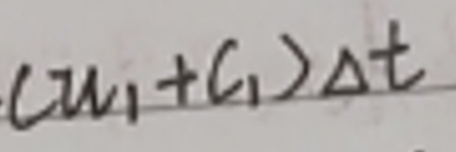
$( w _ { 1 } + G _ { 1 } ) \Delta t$